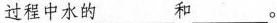
过程中水的___和___。